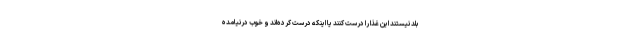
بلد نیستند این غذا را درست کنند یا اینکه درست کرده‌اند و خوب درنیامده